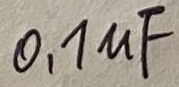
Text: 0,1µF